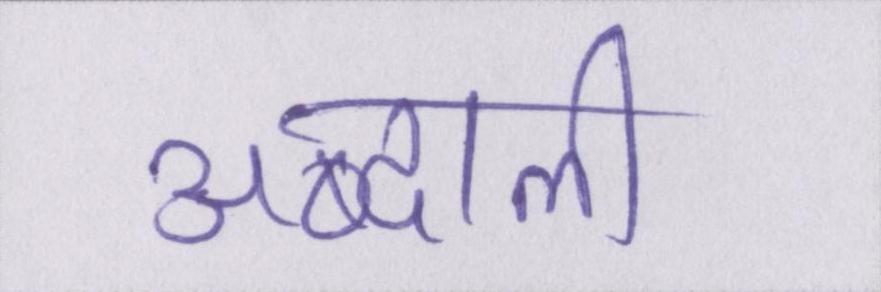
अब्दाली